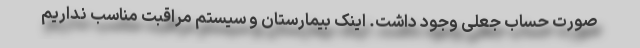
صورت‌ حساب جعلی وجود داشت. اینک بیمارستان و سیستم مراقبت مناسب نداریم